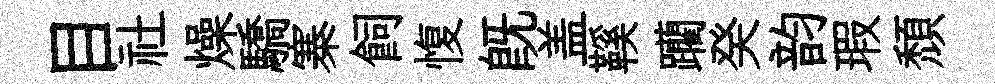
目社燥驕寨飼愎既盖鞵躪癸韵瑕頽